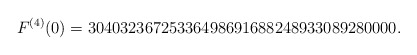
\begin{align*}F^{(4)}(0)=30403236725336498691688248933089280000.\end{align*}